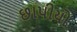
છાપીયો